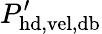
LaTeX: P_{\mathrm{hd,vel,db}}^{\prime}